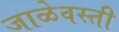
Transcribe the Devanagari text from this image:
जाळेवस्ती